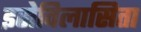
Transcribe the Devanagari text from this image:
इसेविलासिता